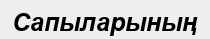
Сапыларының